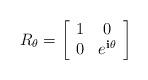
LaTeX: \begin{align*}R_\theta=\left[\begin{array}{cc}1 & 0\\0 & e^{{\bf i}\theta}\end{array}\right]\end{align*}